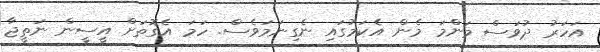
އަހަރު ދުވަސް މަންމަ މެން އެކަމުގައި ނެގިނަމަވެސް. ހަމަ އެގޮތަށް އީސީން ނަތީޖާ